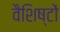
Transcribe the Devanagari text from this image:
वैशिष्टों